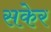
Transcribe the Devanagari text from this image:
सकेर